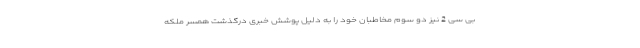
بی سی 2 نیز دو سوم مخاطبان خود را به دلیل پوشش خبری درگذشت همسر ملکه